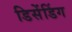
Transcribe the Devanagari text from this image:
डिसेंडिंग